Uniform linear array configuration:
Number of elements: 8
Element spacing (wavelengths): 0.75
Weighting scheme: kaiser
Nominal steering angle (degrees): -45
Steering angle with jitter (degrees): -45.98
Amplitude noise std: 0.05
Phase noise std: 0.05

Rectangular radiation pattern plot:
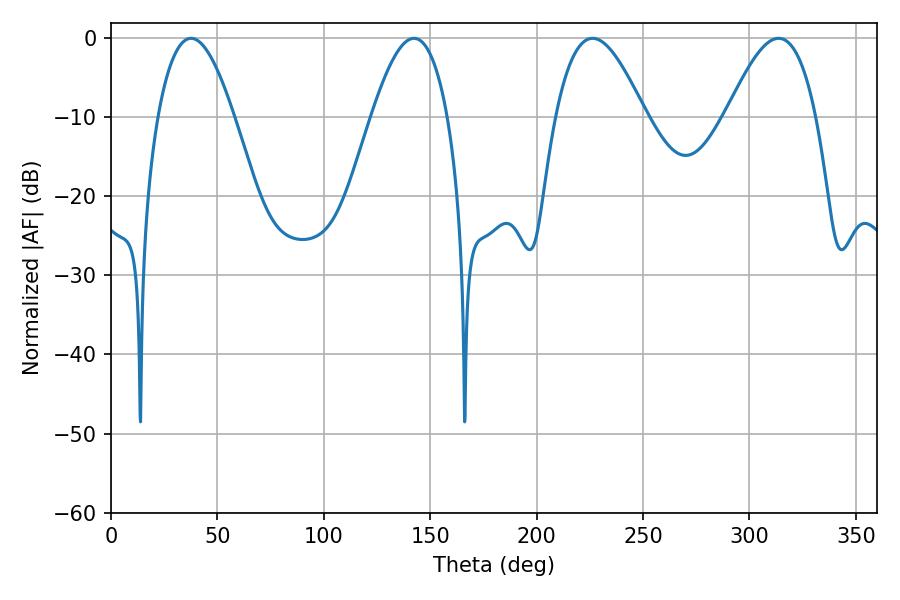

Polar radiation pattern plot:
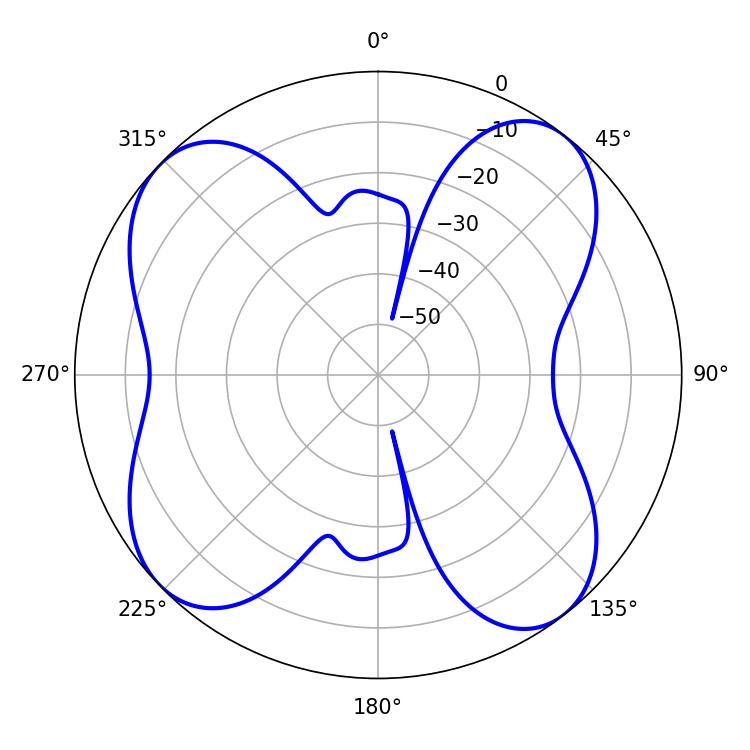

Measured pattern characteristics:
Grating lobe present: TRUE
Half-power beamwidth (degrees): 19.44
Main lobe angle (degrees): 37.62